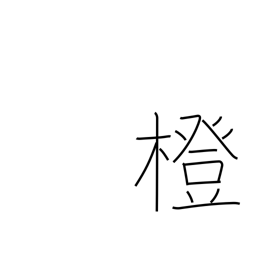
Meaning: bitter orange